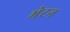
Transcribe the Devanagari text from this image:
भेटन